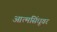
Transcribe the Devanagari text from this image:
आत्मसिंधूवर